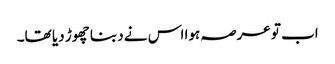
اب تو عرصہ ہوا اس نے دبنا چھوڑ دیا تھا۔